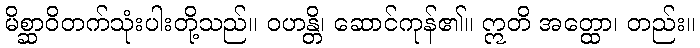
မိစ္ဆာဝိတက်သုံးပါးတို့သည်။ ဝဟန္တိ၊ ဆောင်ကုန်၏။ ဣတိ အတ္ထော၊ တည်း။